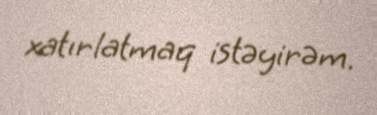
xatırlatmaq istəyirəm.